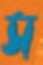
স